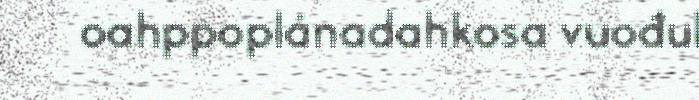
oahppoplánadahkosa vuođul